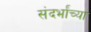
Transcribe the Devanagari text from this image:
संदर्भांच्या